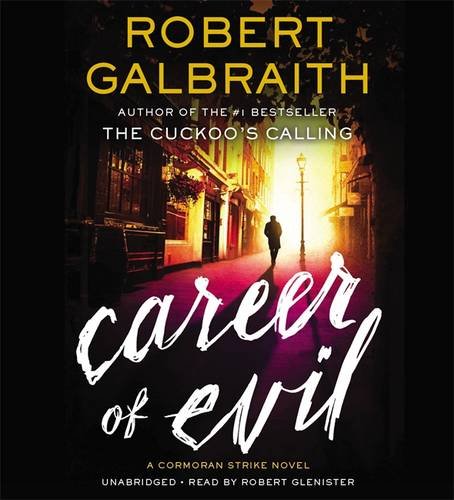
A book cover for Career of Evil (Cormoran Strike); Robert Galbraith; Mystery, Thriller & Suspense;